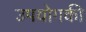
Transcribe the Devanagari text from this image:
उपयोगकी